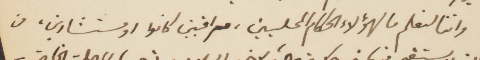
واننا لنعلم ما لهؤلاء الحكام المحليين، مرابين كانوا او مستشارين، من